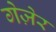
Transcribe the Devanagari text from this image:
गेज़ेर